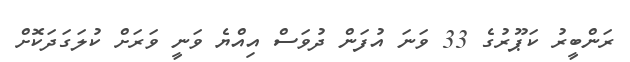
ރަންބީރު ކަޕޫރުގެ 33 ވަނަ އުފަން ދުވަސް އިއްޔެ ވަނީ ވަރަށް ކުލަގަދަކޮށް